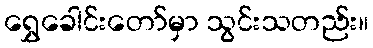
ရွှေခေါင်းတော်မှာ သွင်းသတည်း။